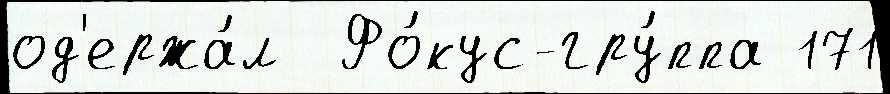
од'ержа́л  Фо́кус-гру́ппа 171